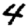
Digit: 4